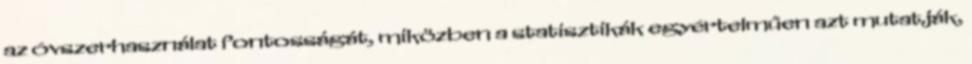
az óvszerhasználat fontosságát, miközben a statisztikák egyértelműen azt mutatják,